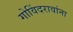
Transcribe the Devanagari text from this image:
गोविंदरावांना